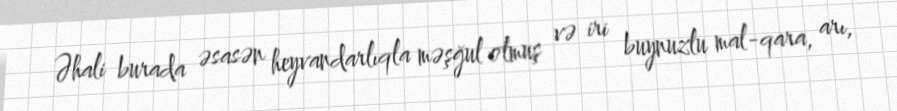
Əhali burada əsasən heyvandarlıqla məşğul olmuş və iri buynuzlu mal-qara, arı,